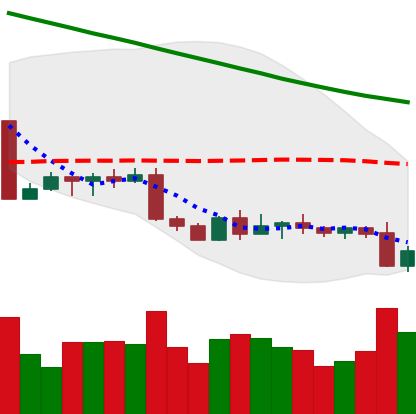
Ticker: BTC-USD
Chart end date: 2022-09-07
Forward return: 15.967%
Label: up_7plus